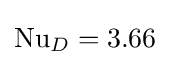
\mathrm {Nu} _{D}=3.66